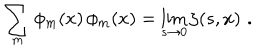
LaTeX: \sum _ { m } \phi _ { m } ( x ) \, \phi _ { m } ( x ) = \lim _ { s \rightarrow 0 } \zeta ( s , x ) \, \, .